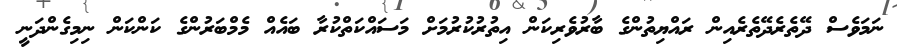
ނަމަވެސް ދޭތެރެދޭތެރެއިން ރައްޔިތުންގެ ބާރުވެރިކަން އިތުރުކުރުމަށް މަސައްކަތްކުރާ ބައެއް މެމްބަރުންގެ ކަންކަން ނިމިގެންދަނީ